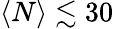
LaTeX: \langle N\rangle\lesssim 30